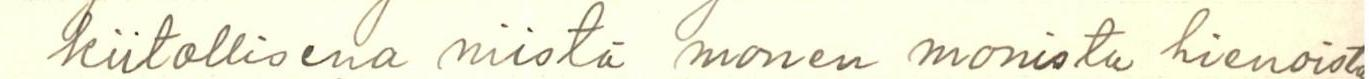
kiitollisena niistä monen monista hienoist